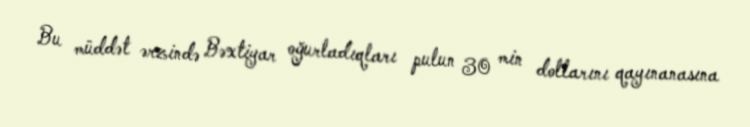
Bu müddət ərzində Bəxtiyar oğurladıqları pulun 30 min dollarını qayınanasına